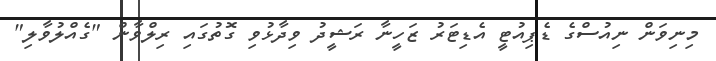
މިނިވަން ނިއުސްގެ ޑެޕިއުޓީ އެޑިޓަރު ޒަހީނާ ރަޝީދު ވިދާޅުވި ގޮތުގައި ރިލްވާން "ގެއްލުވާލި"